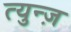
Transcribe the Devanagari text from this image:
त्युन्ज़